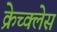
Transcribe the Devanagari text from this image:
क्रेच्क्लेस